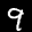
Label: 9